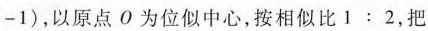
-1)，以原点O为位似中心，按相似比1：2，把